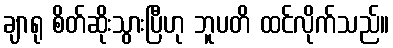
ချာရု စိတ်ဆိုးသွားပြီဟု ဘူပတိ ထင်လိုက်သည်။